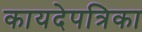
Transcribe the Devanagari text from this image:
कायदेपत्रिका